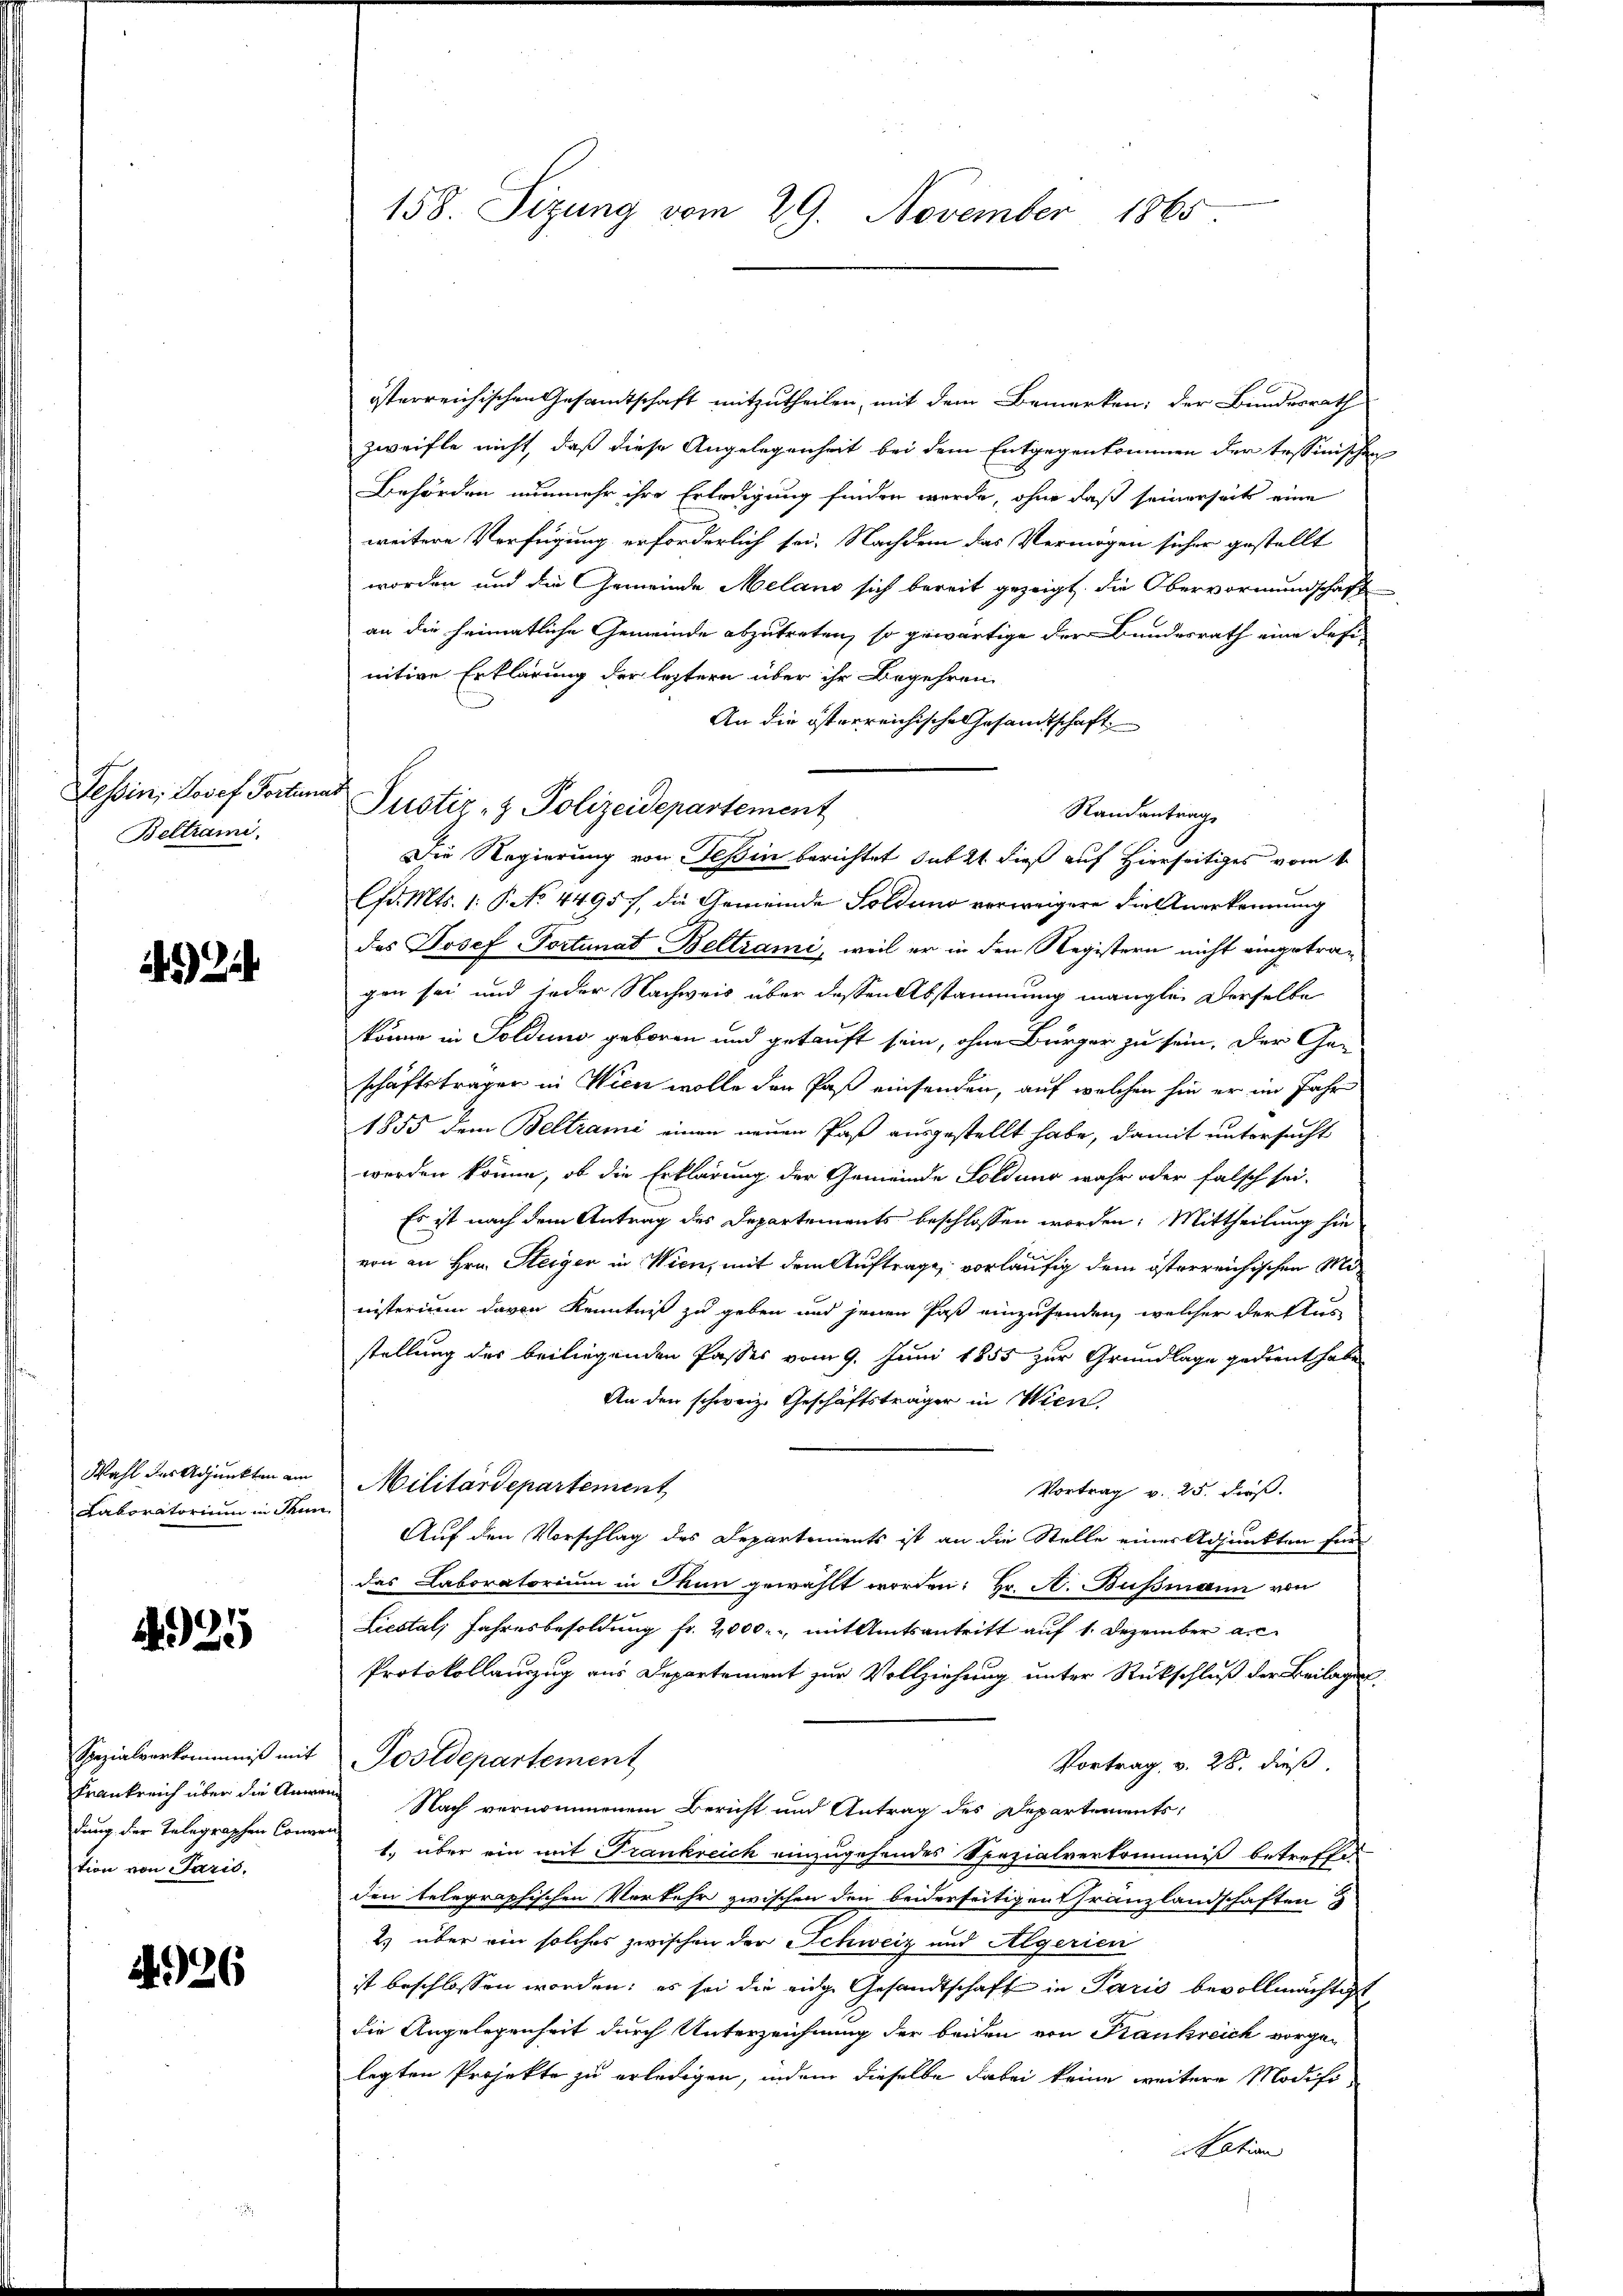
Tessin, Josef Torten
Beltrami

92

Wahl des Adjunkten am
Laboratorium in Thun

425

Spezialverkommniß mit
Frankreich über die Anwe
dung der Telegraphen Conve
tion von Paris,

426

158. Sizung vom 29. November 1865

österreichischen Gesandtschaft mitzutheilen, mit dem Bemerken; der Bundesrath
Zweifle nicht, daß diese Angelegenheit bei dem Entgegenkommen der tessinischen
Behörden nunmehr ihre Erledigung finden werde, ohne daß seinerseit eine
weitere Verfügung erforderlich sei. Nachdem das Vermögen sicher gestellt
worden und die Gemeinde Meland sich bereit gezeigt, die Obervormundschaft
an die heimatliche Gemeinde abzutreten, so gewärtige der Bundesrath eine defi-
nitive Erklärung der leztern über ihr Begehren
An die österreichische Gesamtschaft
Die Regierung von Teßin berichtet subst dieß auf Hierseitiges vom 6.
lfd. Mts. 1. P. No 4495), die Gemeinde Solduno verweigere die Anerkennung
des Josef Portunat-Beltrami, weil er in den Registern nicht eingetragen sei und jeder Nachweis über dessen Abstammung mangle derselbe
könne in Soldung geboren und getauft sein, ohne Bürger zu sein. Der Ge-
schäftsträgen in Wien wolle den Paß einsenden, auf welchen sie er im Jahr
1855 dem Beltrami einen neuen Paß ausgestellt habe, damit untersucht
werden könne, ob die Erklärung der Gemeinde Soldung wahr oder falsch sei-
Es ist nach dem Antrag des Departements beschlossen worden: Mittheilung hie
von an Hrn. Steiger in Wien, mit dem Auftrage, vorläufig dem österreichischen Ministerium davon Kenntniß zu geben und jenen Paß einzusenden, welcher der Aus
stellung des beiliegenden Passes vom 9. Juni 1855 zur Grundlage gedient habe
An den schweiz. Geschäftsträger in Wien,
Militärdepartement
Vortrag v. 25. dieß.
Auf den Vorschlag des Departements ist an die Stelle einer Adjunkten für
das Laboratorium in Thun gewählt worden: Hr. A. Bussmann von
Liestal, Jahresbesoldung fr. 2000., mit Amtsantritt auf 1. Dezember a.c.
Protokollauszug aus Departement zur Vollziehung unter Rückschluß der Beilagen.
Postdepartement
Vortrag v. 28. dieß
Nach vernommenem Bericht und Antrag des Departements,
1. über ein mit Frankreich einzugehendes Spezialverkommniß betreffe
den telegraphischen Vorkehr zwischen den beiderseitigen Tranzlandschaften
2) über ein solches zwischen der Schweiz und Algerien
ist beschlossen worden; es sei die eidge Gesandtschaft in Paris bevollmächtigt
die Angelegenheit durch Unterzeichnung der beiden von Krankreich vorgelegten Projekte zu erledigen, indem dieselbe dabei keine weitere Modifi-
Station

d
Justiz- & Polizeidepartement

Randantrag